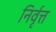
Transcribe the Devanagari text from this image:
निर्वृत्त